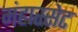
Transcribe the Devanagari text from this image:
मंहास्सेट